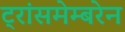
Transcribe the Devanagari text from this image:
ट्रांसमेम्बरेन